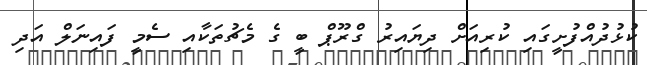
ކުޅުދުއްފުށީގައި ކުރިއަށް ދިޔައިރު ގްރޫޕް ބީ ގެ މެޗުތަކާއި ސެމީ ފައިނަލް އަދި